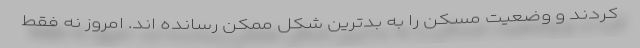
کردند و وضعیت مسکن را به بدترین شکل ممکن رسانده اند. امروز نه فقط